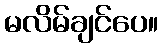
မလိမ်ချင်ပေ။